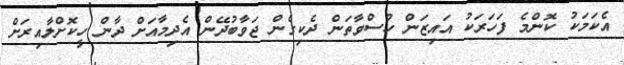
އެކަމަކު ކޮންމެ ފަހަރަކު އައިޒަން ހުސްވާތަން ދެކިގެން ޖަވާބުދޭން އެދިމާއަށް ދާން ހީކޮށްލާއިރަށް